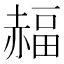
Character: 𧹭